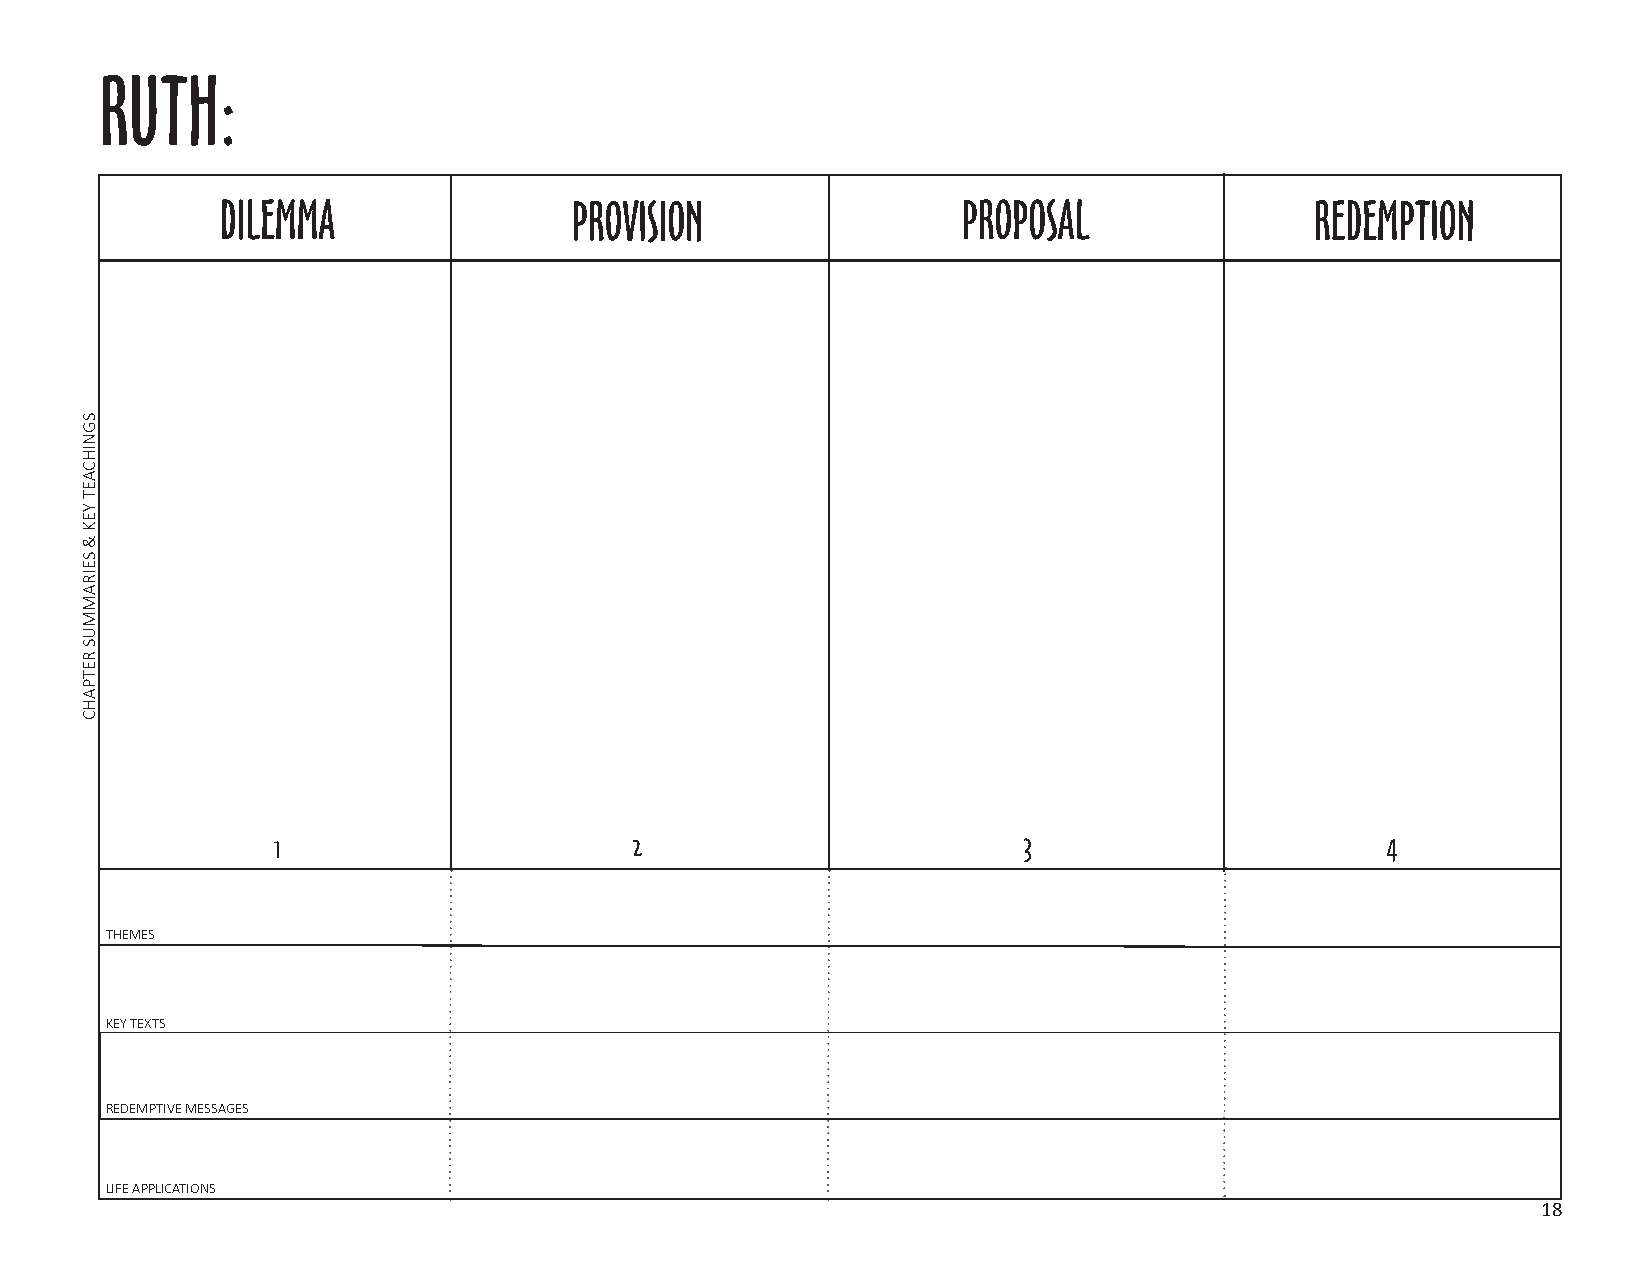
RUTH:
 DILEMMA                PROVISION                 PROPOSAL               REDEMPTION
 1                       2                         3                       4
 THEMES
 KEY TEXTS
 REDEMPTIVE MESSAGES
 LIFE APPLICATIONS
 18
 SGNIHCAET
 YEK
 &
 SEIRAMMUS
 RETPAHC